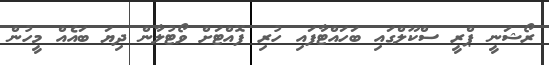
ރޯޝަނީ ޕްރީ ސްކޫލްގައި ބަހައްޓާފައި ހުރި ފޮއްޓަށް ވޯޓުލާން ދިޔަ ބައެއް މީހުން